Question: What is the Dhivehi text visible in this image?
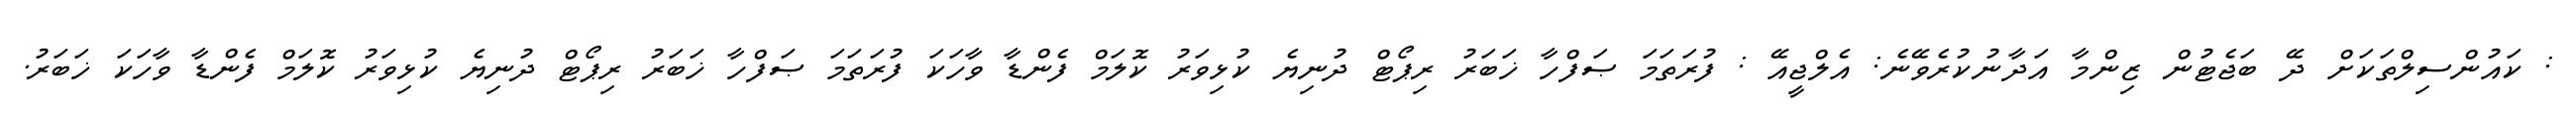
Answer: : ކައުންސިލްތަކަށް ދޭ ބަޖެޓުން ޒިންމާ އަދާނުކުރެވޭނެ: އެލްޖީއޭ : ފުރަތަމަ ޞަފްހާ ޚަބަރު ރިޕޯޓް ދުނިޔެ ކުޅިވަރު ކޮލަމް ފެންޑާ ވާހަކަ ފުރަތަމަ ޞަފްހާ ޚަބަރު ރިޕޯޓް ދުނިޔެ ކުޅިވަރު ކޮލަމް ފެންޑާ ވާހަކަ ޚަބަރު.